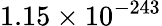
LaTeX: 1.15\times 10^{-243}